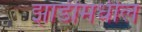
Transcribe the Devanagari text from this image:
झाडीमधील